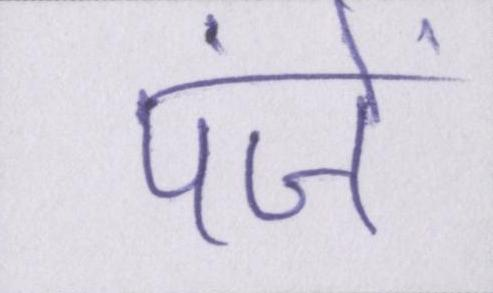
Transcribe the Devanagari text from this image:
पंजें